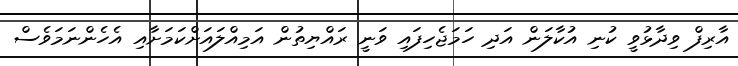
އާރިފް ވިދާޅުވީ ކުނި އުކާލަން އަދި ހަމަޖެހިފައި ވަނީ ރައްޔިތުން އަމިއްލައަށްކަމަށާއި އެހެންނަމަވެސް